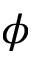
\phi